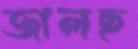
জালছ